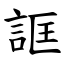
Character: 誆